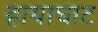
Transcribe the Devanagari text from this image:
हायाघाट